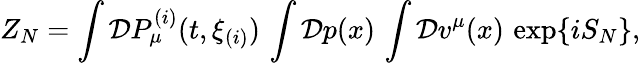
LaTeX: Z_{N}=\int{\cal D}P_{\mu}^{(i)}(t,\xi_{(i)})\, \int{\cal D}p(x)\, \int{\cal D}v^{\mu}(x)\, \exp\{ iS_{N}\} ,